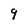
Character: 9